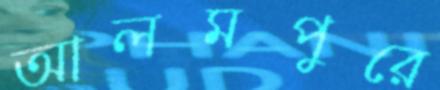
আলমপুরে